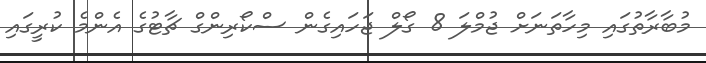
މުބާރާތުގައި މިހާތަނަށް ޖުމްލަ 8 ގޯލް ޖަހައިގެން ސްކޯރިންގް ޗާޓުގެ އެންމެ ކުރީގައި